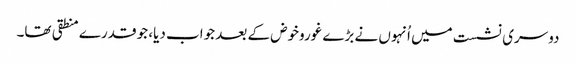
دوسری نشست میں اُنہوں نے بڑے غوروخوض کے بعد جواب دیا، جو قدرے منطقی تھا۔